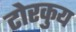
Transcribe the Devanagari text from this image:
टोरकुय